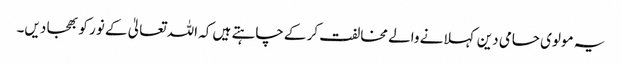
یہ مولوی حامی دین کہلانے والے مخالفت کر کے چاہتے ہیں کہ اللہ تعالیٰ کے نور کو بھجا دیں۔